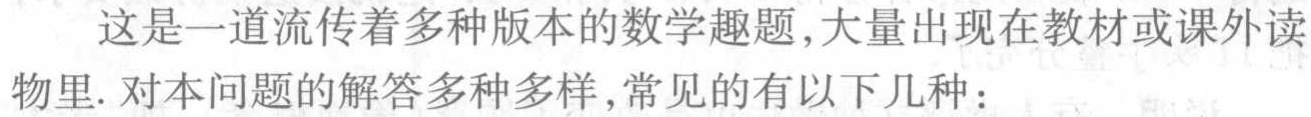
这是一道流传着多种版本的数学趣题,大量出现在教材或课外读物里. 对本问题的解答多种多样,常见的有以下几种：